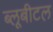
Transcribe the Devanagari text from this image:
ब्‍लूबीटल